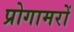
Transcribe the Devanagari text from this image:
प्रोगामरों